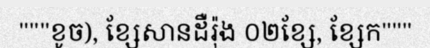
"""ខូច), ខ្សែសានដឺរ៉ុង ០២ខ្សែ, ខ្សែក"""